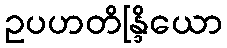
ဥပဟတိန္ဒြိယော